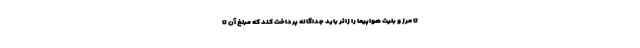
تا مرز و بلیت هواپیما را زائر باید جداگانه پرداخت کند که مبلغ آن تا